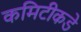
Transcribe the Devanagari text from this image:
कमिटीकडे